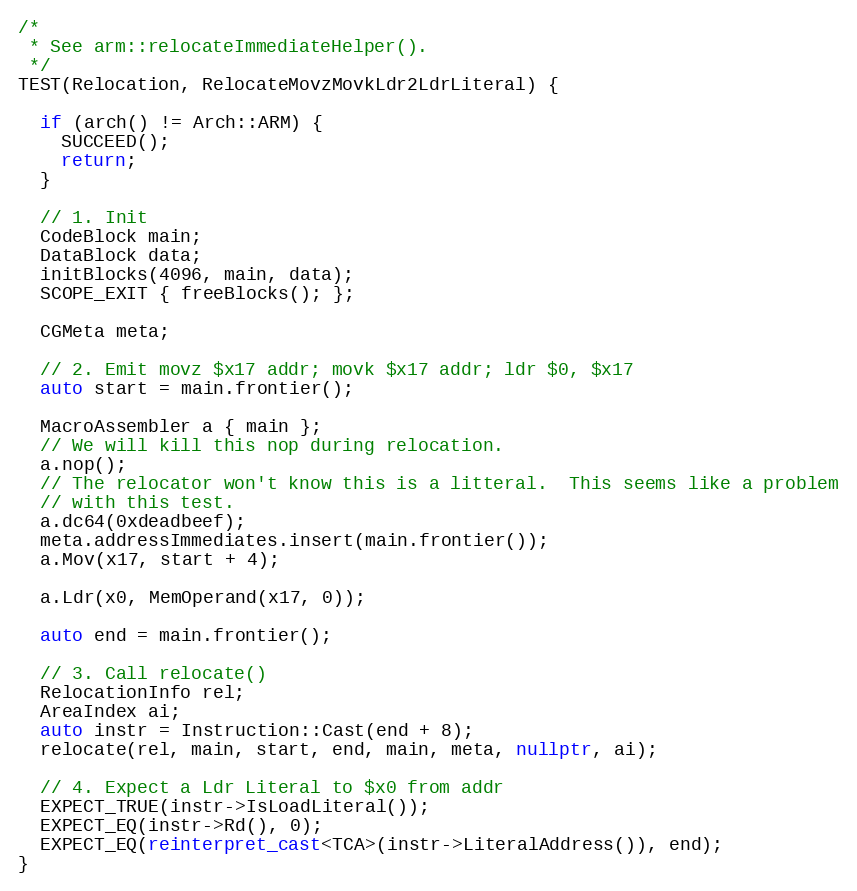
Language: C++
/*
 * See arm::relocateImmediateHelper().
 */
TEST(Relocation, RelocateMovzMovkLdr2LdrLiteral) {

  if (arch() != Arch::ARM) {
    SUCCEED();
    return;
  }

  // 1. Init
  CodeBlock main;
  DataBlock data;
  initBlocks(4096, main, data);
  SCOPE_EXIT { freeBlocks(); };

  CGMeta meta;

  // 2. Emit movz $x17 addr; movk $x17 addr; ldr $0, $x17
  auto start = main.frontier();

  MacroAssembler a { main };
  // We will kill this nop during relocation.
  a.nop();
  // The relocator won't know this is a litteral.  This seems like a problem
  // with this test.
  a.dc64(0xdeadbeef);
  meta.addressImmediates.insert(main.frontier());
  a.Mov(x17, start + 4);

  a.Ldr(x0, MemOperand(x17, 0));

  auto end = main.frontier();

  // 3. Call relocate()
  RelocationInfo rel;
  AreaIndex ai;
  auto instr = Instruction::Cast(end + 8);
  relocate(rel, main, start, end, main, meta, nullptr, ai);

  // 4. Expect a Ldr Literal to $x0 from addr
  EXPECT_TRUE(instr->IsLoadLiteral());
  EXPECT_EQ(instr->Rd(), 0);
  EXPECT_EQ(reinterpret_cast<TCA>(instr->LiteralAddress()), end);
}